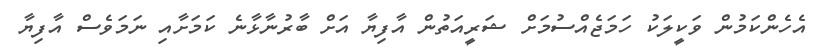
އެހެންކަމުން ވަކީލަކު ހަމަޖެއްސުމަށް ޝަރީއަތުން އާފިޔާ އަށް ބާރުނާޅާނެ ކަމަށާއި ނަމަވެސް އާފިޔާ